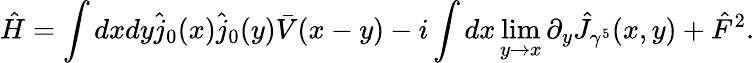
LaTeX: \hat{H}=\int dxdy\hat{j}_{0}(x)\hat{j}_{0}(y)\bar{V}(x-y)-i\int dx\operatorname*{lim}_{y\rightarrow x}\partial_{y}\hat{J}_{\gamma^{5}}(x,y)+\hat{F}^{2}.